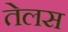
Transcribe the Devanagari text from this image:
तेलस